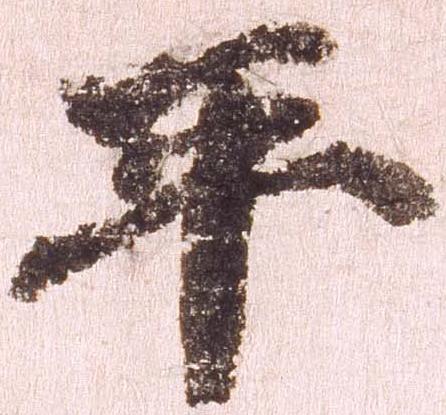
平